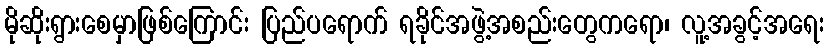
မိုဆိုးရွားစေမှာဖြစ်ကြောင်း ပြည်ပရောက် ရခိုင်အဖွဲ့အစည်းတွေကရော၊ လူ့အခွင့်အရေး